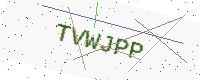
Text: TVWJPP